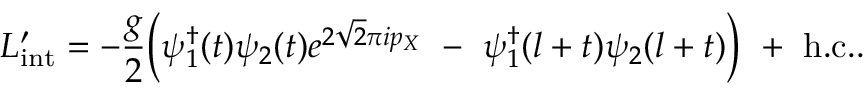
L _ { \mathrm { i n t } } ^ { \prime } = - { \frac { g } { 2 } } \Bigl ( \psi _ { 1 } ^ { \dagger } ( t ) \psi _ { 2 } ( t ) e ^ { 2 \sqrt { 2 } \pi i p _ { X } } \ - \ \psi _ { 1 } ^ { \dagger } ( l + t ) \psi _ { 2 } ( l + t ) \Bigr ) \ + \ \mathrm { h . c . } .